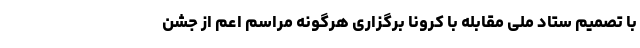
با تصمیم ستاد ملی مقابله با کرونا برگزاری هرگونه مراسم اعم از جشن